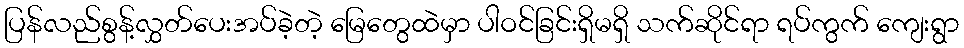
ပြန်လည်စွန့်လွှတ်ပေးအပ်ခဲ့တဲ့ မြေတွေထဲမှာ ပါဝင်ခြင်းရှိမရှိ သက်ဆိုင်ရာ ရပ်ကွက် ကျေးရွာ